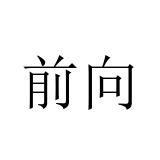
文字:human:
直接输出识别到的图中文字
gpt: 前向